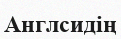
Англсидің